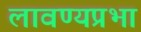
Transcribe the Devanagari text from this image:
लावण्यप्रभा